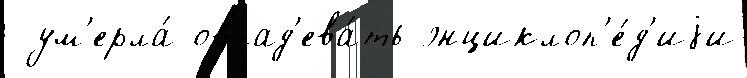
 ум'ерла́ овлад'ева́ть энциклоп'е́д'иjи